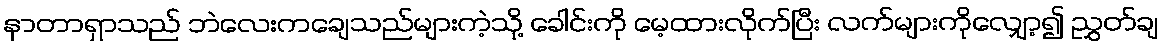
နာတာရှာသည် ဘဲလေးကချေသည်များကဲ့သို့ ခေါင်းကို မေ့ထားလိုက်ပြီး လက်များကိုလျှော့၍ ညွှတ်ချ